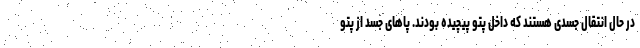
در حال انتقال جسدی هستند که داخل پتو پیچیده بودند. پا‌های جسد از پتو